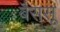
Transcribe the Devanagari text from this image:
बैरासू